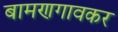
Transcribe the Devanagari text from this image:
बामणगावकर